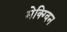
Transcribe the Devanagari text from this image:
मेक्ग्विन